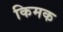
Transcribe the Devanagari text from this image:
किमक